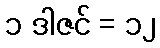
၁ ဒါဇင် = ၁၂